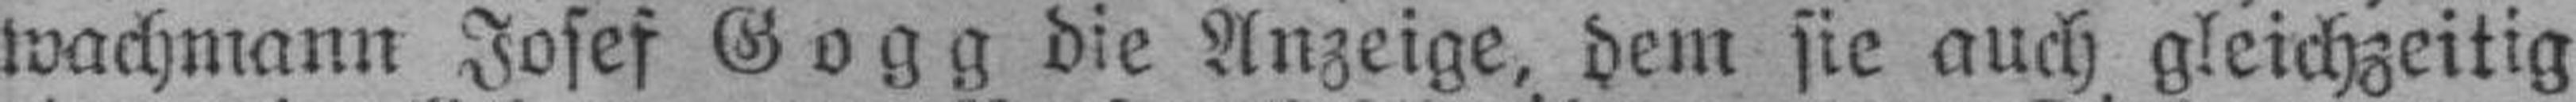
wachmann Josef Gogg die Anzeige, dem sie auch gleichzeitig